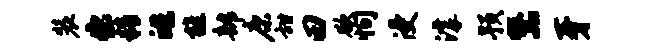
装出精皓旌部康甜田欲恂浸滹预器牙